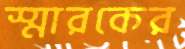
স্মারকের